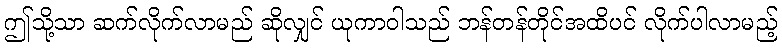
ဤသို့သာ ဆက်လိုက်လာမည် ဆိုလျှင် ယုကာဝါသည် ဘန်တန်တိုင်အထိပင် လိုက်ပါလာမည့်